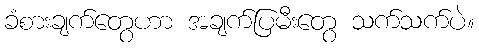
ခံစားချက်တွေဟာ အချက်ပြမီးတွေ သက်သက်ပဲ။